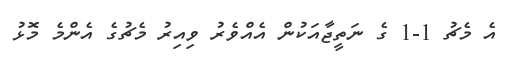
އެ މެޗު 1-1 ގެ ނަތީޖާއަކުން އެއްވެރު ވިއިރު މެޗުގެ އެންމެ މޮޅު